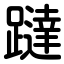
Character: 躂